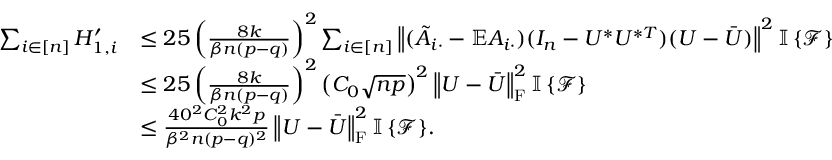
\begin{array} { r l } { \sum _ { i \in [ n ] } H _ { 1 , i } ^ { \prime } } & { \leq 2 5 \left( \frac { 8 k } { \beta n ( p - q ) } \right) ^ { 2 } \sum _ { i \in [ n ] } \left\| { ( \tilde { A } _ { i \cdot } - \mathbb { E } A _ { i \cdot } ) ( I _ { n } - U ^ { * } U ^ { * T } ) ( U - \bar { U } ) } \right\| ^ { 2 } { \mathbb { I } \left\{ { \mathcal { F } } \right\} } } \\ & { \leq 2 5 \left( \frac { 8 k } { \beta n ( p - q ) } \right) ^ { 2 } \left( C _ { 0 } \sqrt { n p } \right) ^ { 2 } \left\| { U - \bar { U } } \right\| _ { \mathrm { F } } ^ { 2 } { \mathbb { I } \left\{ { \mathcal { F } } \right\} } } \\ & { \leq \frac { 4 0 ^ { 2 } C _ { 0 } ^ { 2 } k ^ { 2 } p } { \beta ^ { 2 } n ( p - q ) ^ { 2 } } \left\| { U - \bar { U } } \right\| _ { \mathrm { F } } ^ { 2 } { \mathbb { I } \left\{ { \mathcal { F } } \right\} } . } \end{array}